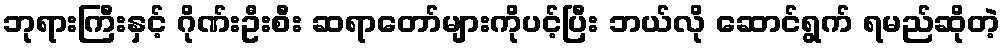
ဘုရားကြီးနှင့် ဂိုဏ်းဦးစီး ဆရာတော်များကိုပင့်ပြီး ဘယ်လို ဆောင်ရွက် ရမည်ဆိုတဲ့